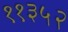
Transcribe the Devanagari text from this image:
११३५२